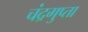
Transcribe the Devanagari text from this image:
चंद्रगुप्ता